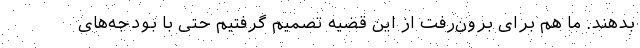
بدهند. ما هم برای برون‌رفت از این قضیه تصمیم گرفتیم حتی با بودجه‌های